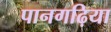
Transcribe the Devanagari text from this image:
पानगढ़िया